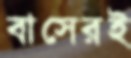
বাসেরই